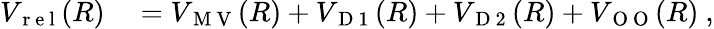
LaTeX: \begin{array}{rl}{V_{\mathrm{~r~e~l~}}(R)}&{{}=V_{\mathrm{~M~V~}}(R)+V_{\mathrm{~D~1~}}(R)+V_{\mathrm{~D~2~}}(R)+V_{\mathrm{~O~O~}}(R)\ ,}\end{array}